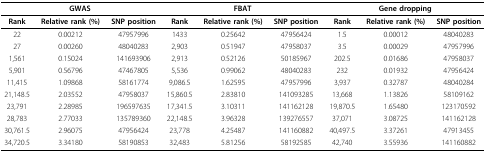
| <COLSPAN=3> GWAS | <COLSPAN=3> FBAT | <COLSPAN=3> Gene dropping |
 | --- | --- | --- | --- | --- | --- | --- | --- | --- |
 | Rank | Relative rank (%) | SNP position | Rank | Relative rank (%) | SNP position | Rank | Relative rank (%) | SNP position |
 | 22 | 0.00212 | 47957996 | 1433 | 0.25642 | 47956424 | 1.5 | 0.00012 | 48040283 |
 | 27 | 0.00260 | 48040283 | 2,903 | 0.51947 | 47958037 | 3.5 | 0.00029 | 47957996 |
 | 1,561 | 0.15024 | 141693906 | 2,913 | 0.52126 | 50185967 | 202.5 | 0.01686 | 47958037 |
 | 5,901 | 0.56796 | 47467805 | 5,536 | 0.99062 | 48040283 | 232 | 0.01932 | 47956424 |
 | 11,415 | 1.09868 | 58161774 | 9,086.5 | 1.62595 | 47957996 | 3,937 | 0.32787 | 48040284 |
 | 21,148.5 | 2.03552 | 47958037 | 15,860.5 | 2.83810 | 141093285 | 13,668 | 1.13826 | 58109162 |
 | 23,791 | 2.28985 | 196597635 | 17,341.5 | 3.10311 | 141162128 | 19,870.5 | 1.65480 | 123170592 |
 | 28,783 | 2.77033 | 135789360 | 22,148.5 | 3.96328 | 139276557 | 37,071 | 3.08725 | 141162128 |
 | 30,761.5 | 2.96075 | 47956424 | 23,778 | 4.25487 | 141160882 | 40,497.5 | 3.37261 | 47913455 |
 | 34,720.5 | 3.34180 | 58190853 | 32,483 | 5.81256 | 58192585 | 42,740 | 3.55936 | 141160882 |